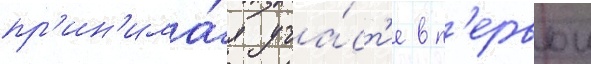
пр'ин'има́я уча́ст'ие в п'ервои